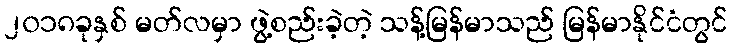
၂၀၁၈ခုနှစ် မတ်လမှာ ဖွဲ့စည်းခဲ့တဲ့ သန့်မြန်မာသည် မြန်မာနိုင်ငံတွင်